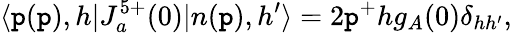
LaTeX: \langle\mathtt{p}(\mathtt{p}),h|J_{a}^{5+}(0)|n(\mathtt{p}),h^{\prime}\rangle=2\mathtt{p}^{+}hg_{A}(0)\delta_{hh^{\prime}},